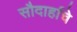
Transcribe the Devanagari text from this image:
सौदार्हाचे